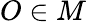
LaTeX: O\in M